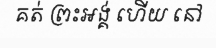
គត់ ព្រះអង្គ់ ហើយ នៅ